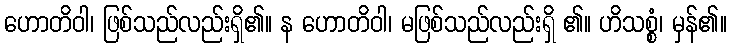
ဟောတိဝါ၊ ဖြစ်သည်လည်းရှိ၏။ န ဟောတိဝါ၊ မဖြစ်သည်လည်းရှိ ၏။ ဟိသစ္စံ၊ မှန်၏။